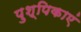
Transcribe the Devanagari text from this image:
पुश्पिकाएं